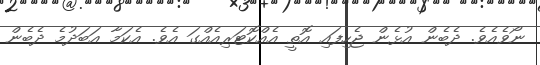
ނޯވެއެވެ. ދެބެން އުޅެން ޖެހިފައި އޮތީ އެއްކޮޓަރިއެއްގަ އެވެ. އެކަމާ އަބަދުމެ ދެބެން